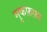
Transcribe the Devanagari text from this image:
मुकफ़फ़ा